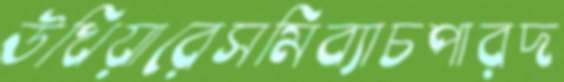
উখিয়ারেসমিব্যাচপারদ